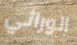
الوراثي